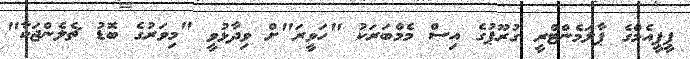
ޕީޕީއެމްގެ ޕާލަމެންޓްރީ ގުރޫޕުގެ އިސް މެމްބަރަކު "ހަވީރަ"ށް ވިދާޅުވީ "މިވަރުގެ ބޮޑު ޗެލެންޖަކާ"